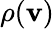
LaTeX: \rho(\mathbf{v})